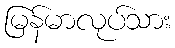
မြန်မာလုပ်သား